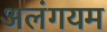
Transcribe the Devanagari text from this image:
अलंगयम